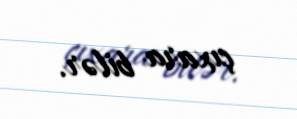
çıxara bilər.